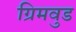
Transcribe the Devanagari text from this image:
ग्रिमवुड